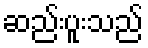
ဆည်းပူးသည်